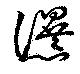
瀑